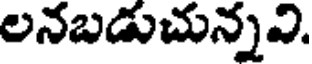
లనబడుచున్నవి.